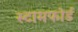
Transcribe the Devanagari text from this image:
स्टामफोर्ड